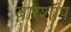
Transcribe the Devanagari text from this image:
बारशॉप